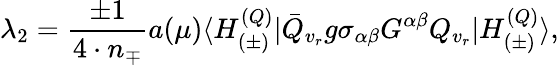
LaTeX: \lambda_{2}=\frac{\pm 1}{4\cdot n_{\mp}}a(\mu)\langle H_{(\pm)}^{(Q)}|\bar{Q}_{v_{r}}g\sigma_{\alpha\beta}G^{\alpha\beta}Q_{v_{r}}|H_{(\pm)}^{(Q)}\rangle,